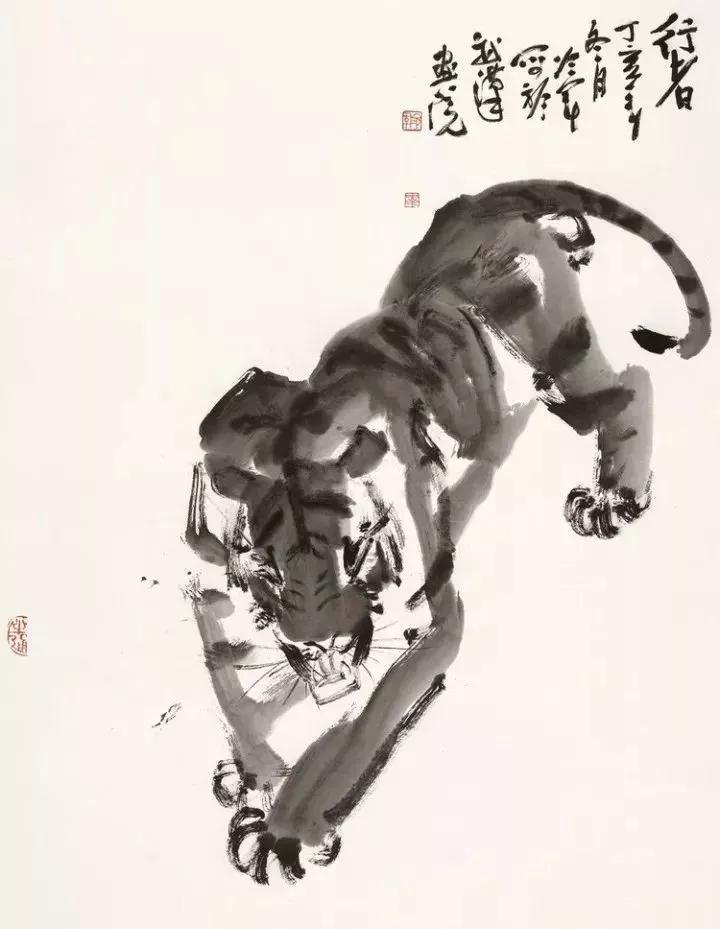
上有好者，下必有甚焉者矣。